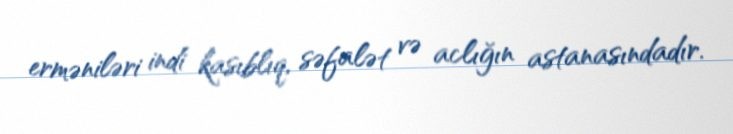
erməniləri indi kasıblıq, səfalət və aclığın astanasındadır.